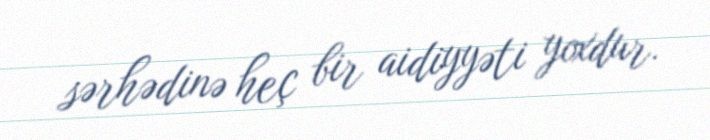
sərhədinə heç bir aidiyyəti yoxdur.